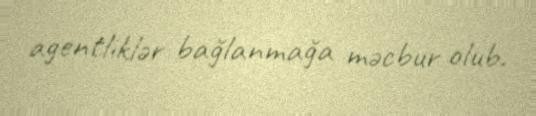
agentliklər bağlanmağa məcbur olub.